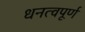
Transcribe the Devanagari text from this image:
धनत्वपूर्ण